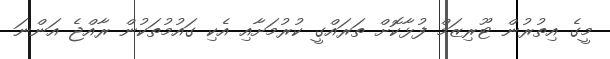
މީގެ އިތުރުން ޓޫރިޒަމް ފުޅާކޮށް ތަރައްގީ ކުރުމަށާއި އެކި ގައުމުތަކުން ރާއްޖެ އަންނަ